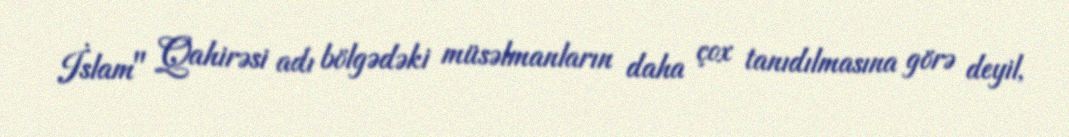
İslam" Qahirəsi adı bölgədəki müsəlmanların daha çox tanıdılmasına görə deyil,